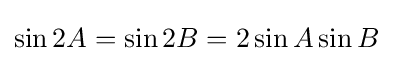
\sin {2A}=\sin {2B}=2\sin {A}\sin {B}